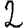
Digit: 2